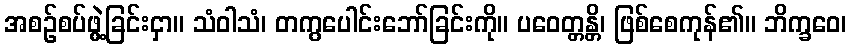
အစဉ်စပ်ဖွဲ့ခြင်းငှာ။ သံဝါသံ၊ တကွပေါင်းဘော်ခြင်းကို။ ပဝေတ္တန္တိ၊ ဖြစ်စေကုန်၏။ ဘိက္ခဝေ၊